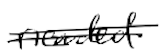
Text: needed
Cross-out: double-line
Writing tool: digital_black